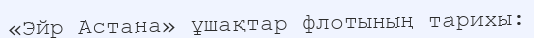
«Эйр Астана» ұшақтар флотының тарихы: